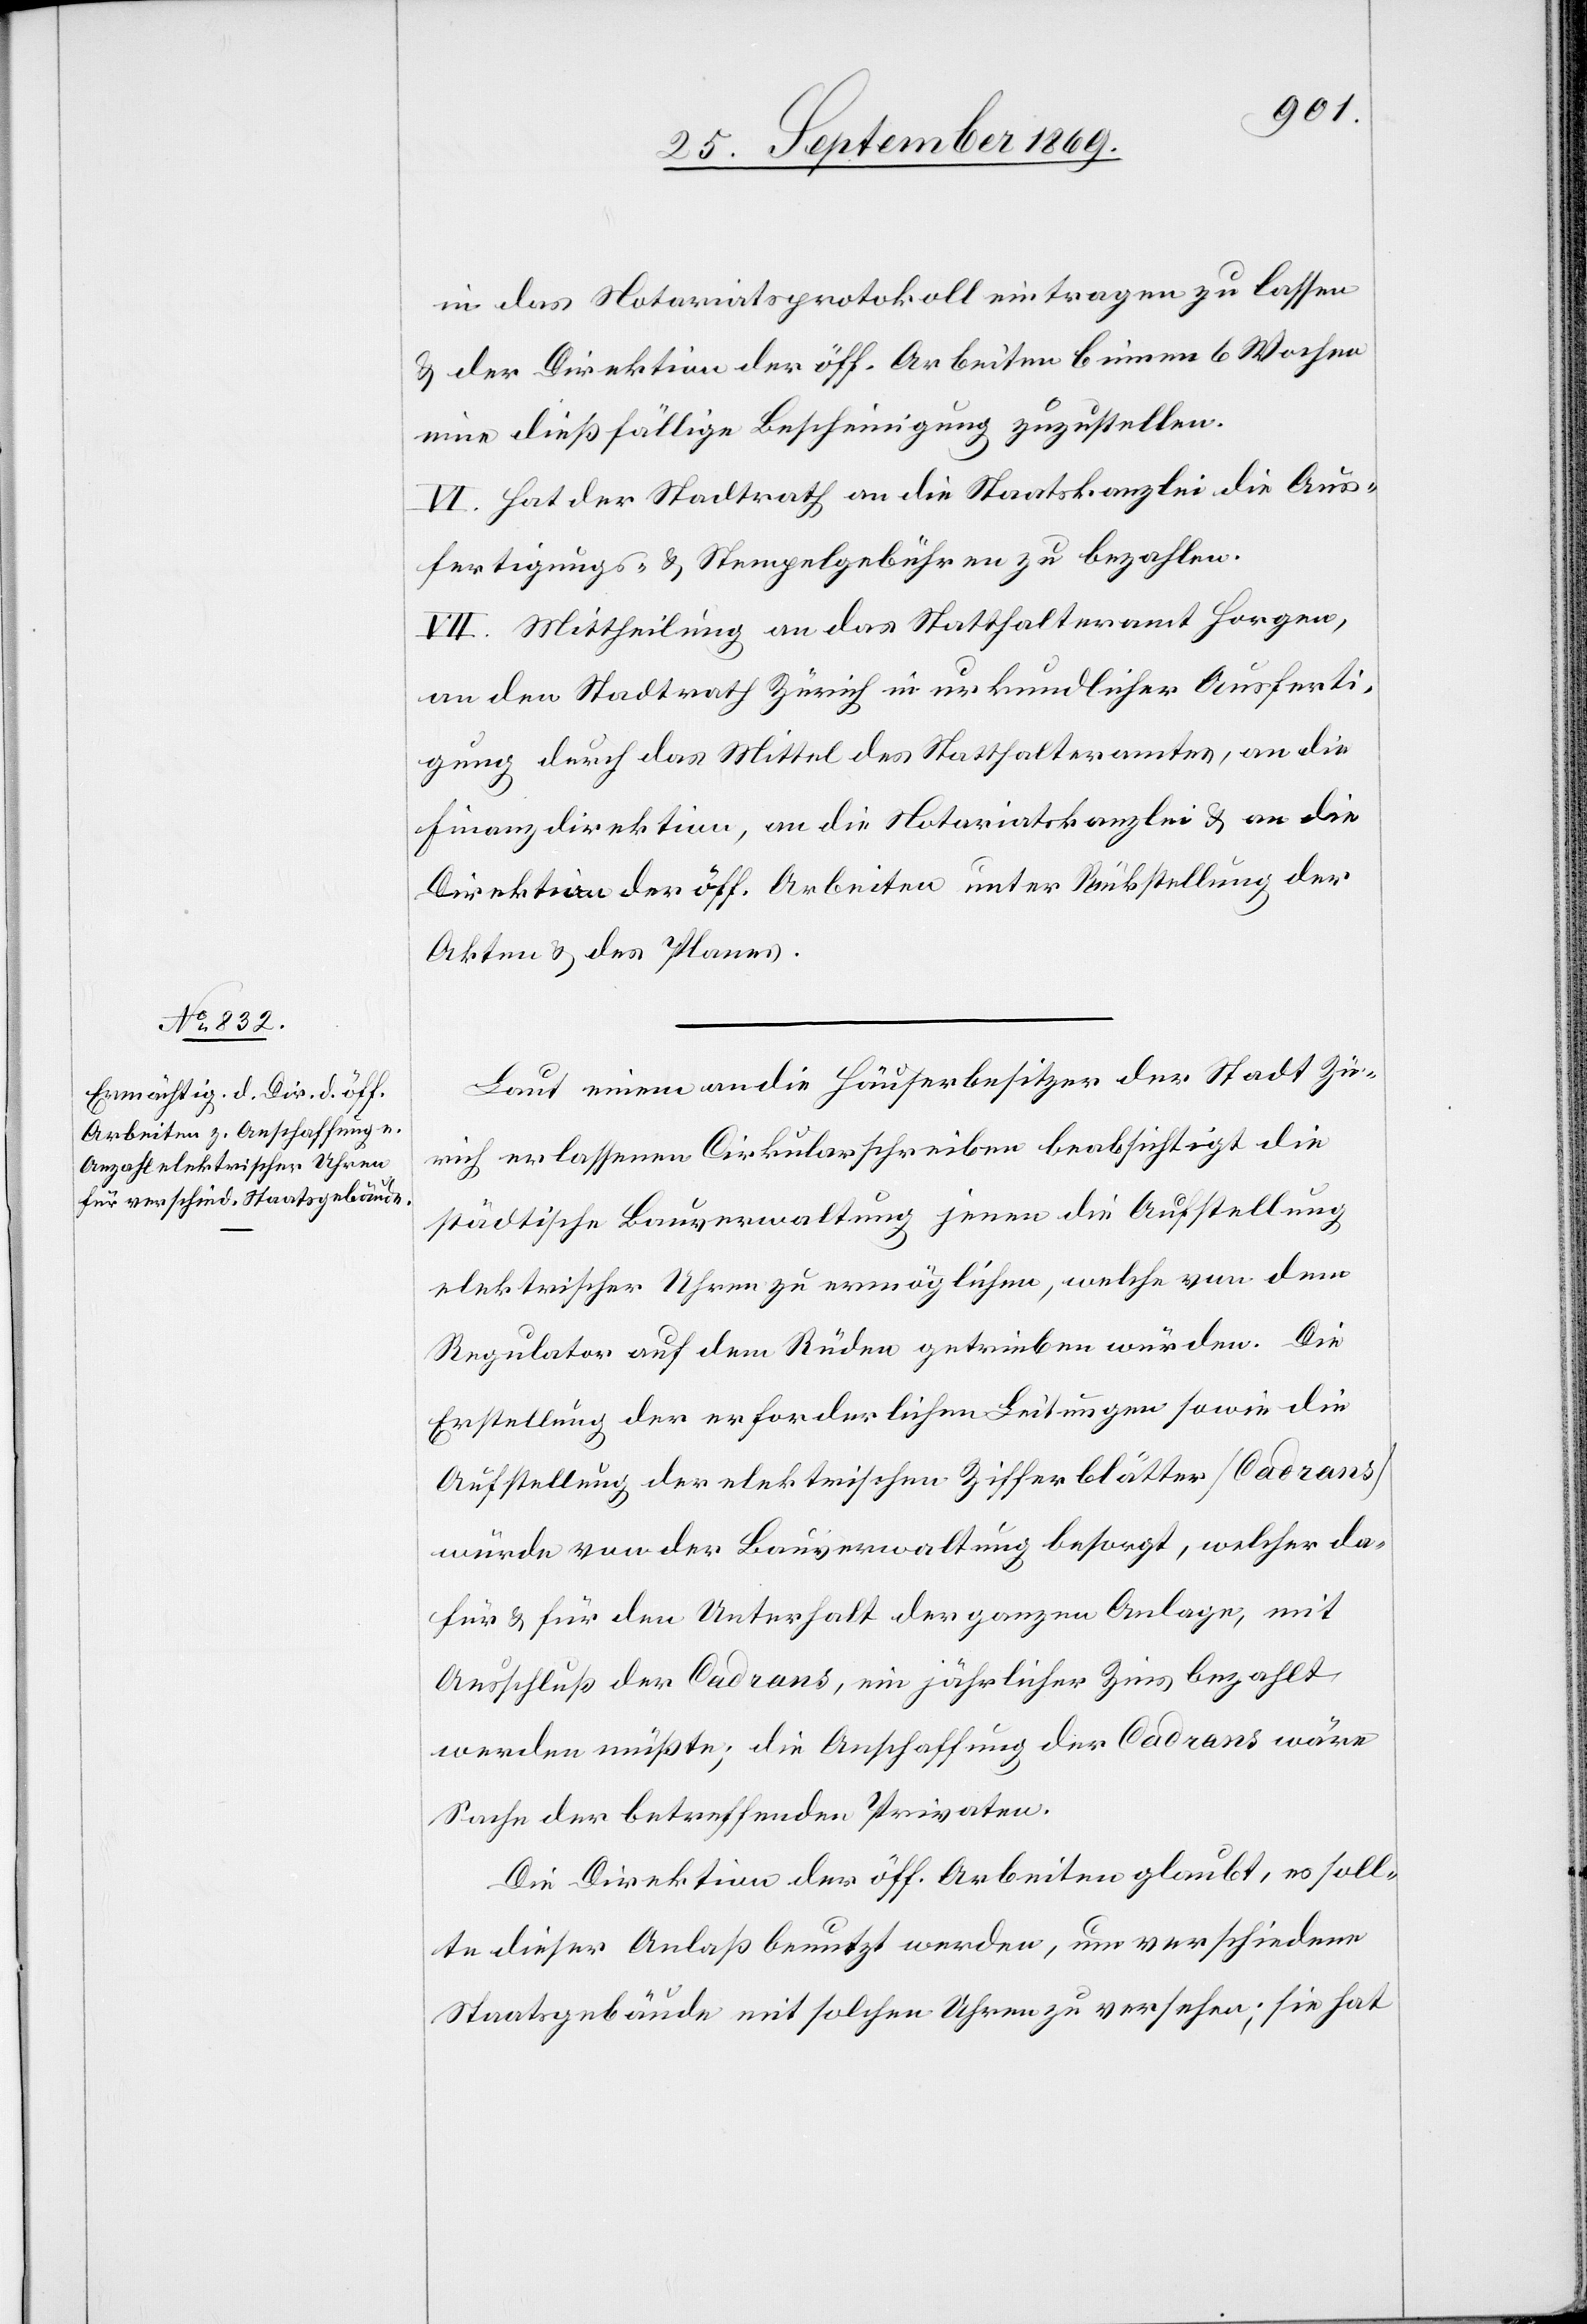
in das Notariatsprotokoll eintragen zu lassen
& der Direktion der öff. Arbeiten binnen 6 Wochen
eine dießfällige Bescheinigung zuzustellen.
VI. Hat der Stadtrath an die Staatskanzlei die Aus¬
fertigungs- & Stempelgebühren zu bezahlen.
VII. Mittheilung an das Statthalteramt Horgen,
an den Stadtrath Zürich in urkundlicher Ausferti¬
gung durch das Mittel des Statthalteramtes, an die
Finanzdirektion, an die Notariatskanzlei & an die
Direktion der öff. Arbeiten unter Rückstellung der
Akten & des Planes.
Laut einem an die Häuserbesitzer der Stadt Zü¬
rich erlassenen Cirkularschreiben beabsichtigt die
städtische Bauverwaltung jenen die Aufstellung
elektrischer Uhren zu ermöglichen, welche von dem
Regulator auf dem Rüden getrieben würden. Die
Erstellung der erforderlichen Leitungen sowie die
Aufstellung der elektrischen Zifferblätter [Cadrans]
würde von der Bauverwaltung besorgt, welcher da¬
für & für den Unterhalt der ganzen Anlage, mit
Ausschluß der Cadrans, ein jährlicher Zins bezahlt
werden müßte; die Anschaffung der Cadrans wäre
Sache der betreffenden Privaten.
Die Direktion der öff. Arbeiten glaubt, es soll¬
te dieser Anlaß benutzt werden, um verschiedene
Staatsgebäude mit solchen Uhren zu versehen; sie hat